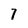
Character: 7